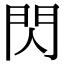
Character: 閃